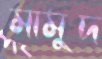
মামুদ